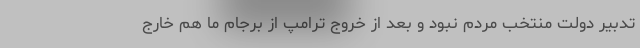
تدبیر دولت منتخب مردم نبود و بعد از خروج ترامپ از برجام ما هم خارج